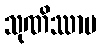
သုဏိဿာမ